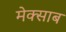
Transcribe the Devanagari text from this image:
मेक्साब